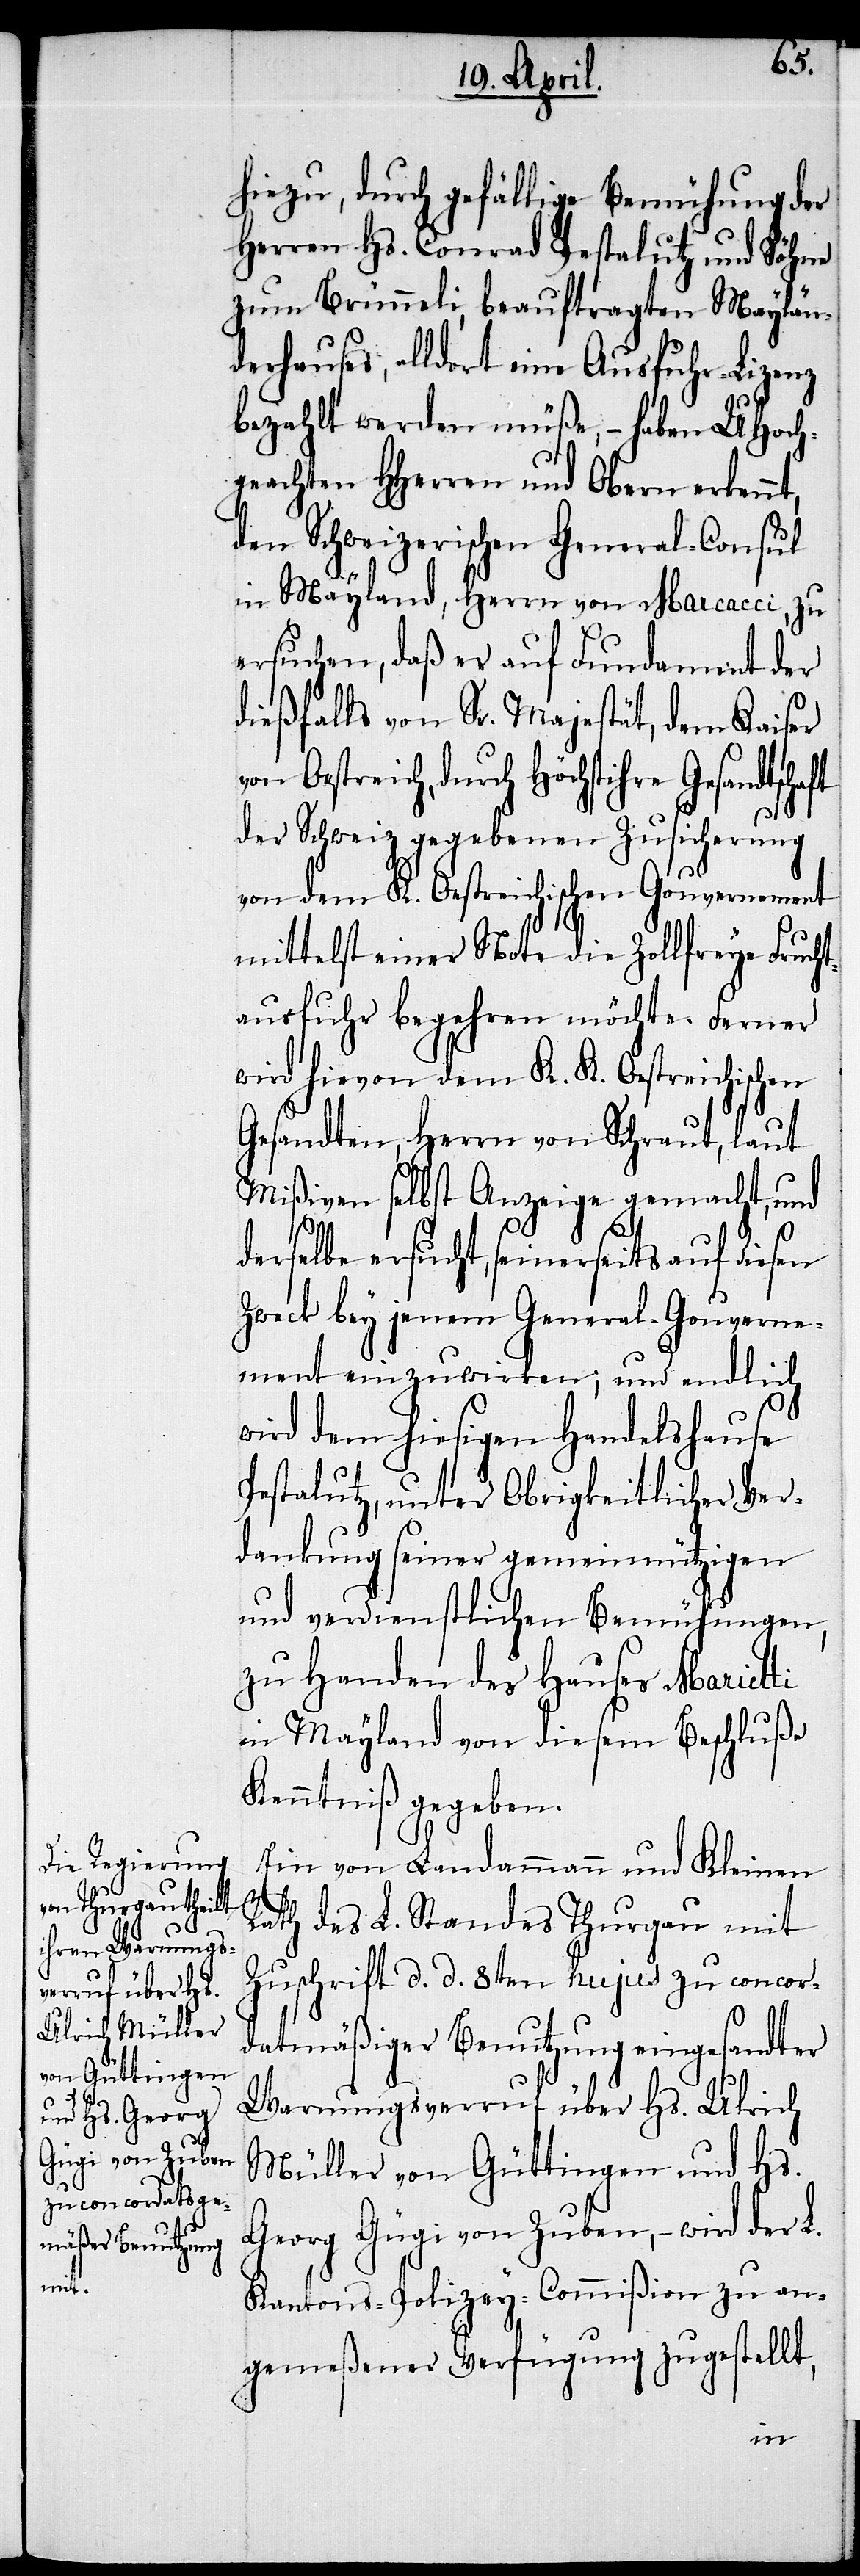
hiezu, durch gefällige Bemühung der
Herren Hs. Conrad Pestalutz und Söhne
zum Brünneli, beauftragten Maylän¬
derhauses, alldort eine Ausfuhr-Lizenz
bezahlt werden müße, – haben UHoch¬
geachten HHerren und Obern erkennt,
den Schweizerischen General-Consul
in Mayland, Herrn von Marcacci, zu
ersuchen, daß er auf Fundament der
dießfalls von Sr. Majestät, dem Kaiser
von Oestreich, durch Höchstihre Gesandtscha¬
der Schweiz gegebenen Zusicherung
von dem K. Oestreichischen Gouvernement
mittelst einer Note die zollfreye Frucht¬
ausfuhr begehren möchte. Ferner
wird hievon dem K. K. Oestreichischen
Gesandten, Herrn von Schraut, laut
Mißiven selbst Anzeige gemacht, und
ft
derselbe ersucht, seinerseits auf diesen
Zweck bey jenem General-Gouverne¬
ment einzuwirken; und endlich
wird dem hiesigen Handelshause
Pestalutz, unter Obrigkeitlicher Ver¬
dankung seiner gemeinnützigen
und verdienstlichen Bemühungen,
zu Handen des Hauses Marietti
in Mayland von diesem Beschluße
Kenntniß gegeben.
Ein von Landammann und Kleinen
Rath des L. Standes Thurgau mit
Zuschrift d. d. 8ten hujus zu concor¬
datmäßiger Benutzung eingesandter
Warnungsverruf über Hs. Ulrich
Müller von Güttingen und Hs.
Georg Gügi von Zuben, – wird der L.
Kantons-Polizey-Commißion zu an¬
gemeßener Verfügung zugestellt,